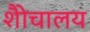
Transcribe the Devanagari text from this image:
शैोचालय